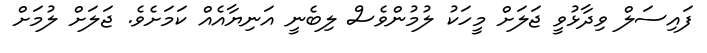
ފައިސަލް ވިދާޅުވީ ޖަލަށް މީހަކު ލުމުންވެސް ލިބެނީ އަނިޔާއެއް ކަމަށެވެ. ޖަލަށް ލުމަށް